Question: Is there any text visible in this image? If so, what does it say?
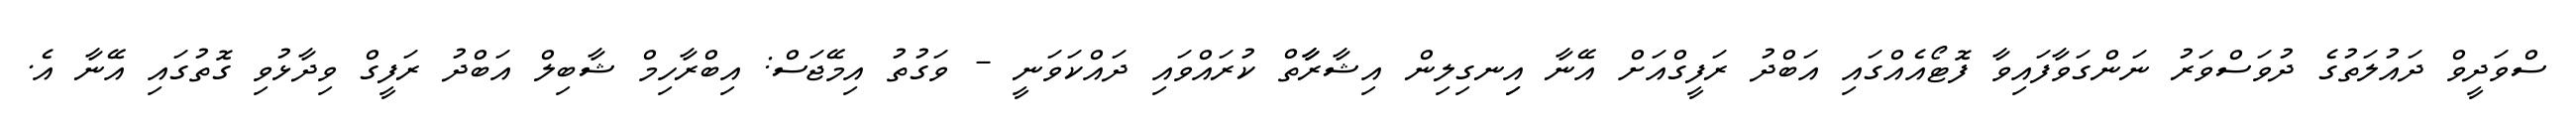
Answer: ސްވަދީވް ދައުލަތުގެ ދުވަސްވަރު ނަންގަވާފައިވާ ފޮޓޯއެއްގައި އަބްދު ރަފީގްއަށް އޭނާ އިިނގިލިން އިޝާރާާތް ކުރައްވައި ދައްކަވަނީ - ވަގުތު އިމޭޖަސް: އިބްރާހިމް ޝާބިލް އަބްދު ރަފީގް ވިދާޅުވި ގޮތުގައި އޭނާ އެ.